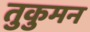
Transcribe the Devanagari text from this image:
तुकुमन